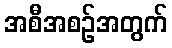
အစီအစဉ်အတွက်